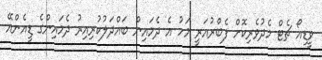
ވީޑިއޯ ޗެޓް މެދުވެރިކޮށް ފެބްރުއަރީ މަހު އެ ދެމައިން ބައްދަލުކުރިއިރު ދެމައިންގެ ޑީއެންއޭ